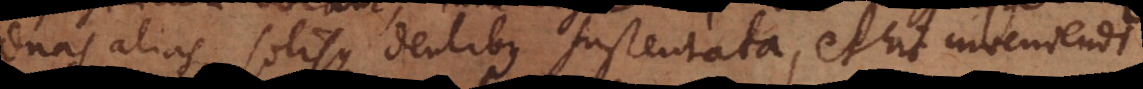
duas alias, solisque dentibus sustentata, et hic inveniendi